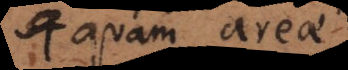
quam areae